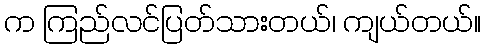
က ကြည်လင်ပြတ်သားတယ်၊ ကျယ်တယ်။